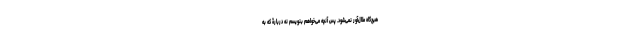
هیچ‌گاه ملال‌آور نمی‌شود. پس آنچه می‌خواهم بنویسم نه دربارۀ که به